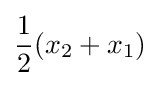
{\frac {1}{2}}(x_{2}+x_{1})